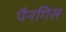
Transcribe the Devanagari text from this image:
पैनगिस